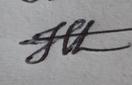
Signature authenticity: genuine